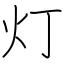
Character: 灯